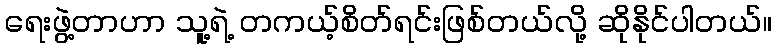
ရေးဖွဲ့တာဟာ သူ့ရဲ့ တကယ့်စိတ်ရင်းဖြစ်တယ်လို့ ဆိုနိုင်ပါတယ်။